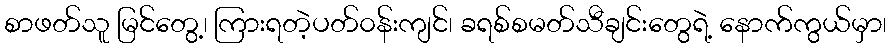
စာဖတ်သူ မြင်တွေ့၊ ကြားရတဲ့ပတ်၀န်းကျင်၊ ခရစ်စမတ်သီချင်းတွေရဲ့ နောက်ကွယ်မှာ၊